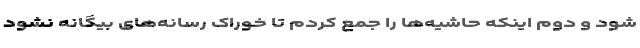
شود و دوم اینکه حاشیه‌ها را جمع کردم تا خوراک رسانه‌های بیگانه نشود